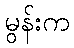
မွန်းက